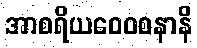
အာစရိယဝေဝစနာနိ